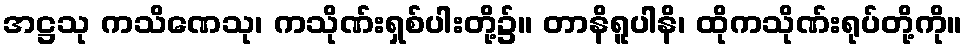
အဋ္ဌသု ကသိဏေသု၊ ကသိုဏ်းရှစ်ပါးတို့၌။ တာနိရူပါနိ၊ ထိုကသိုဏ်းရုပ်တို့ကို။